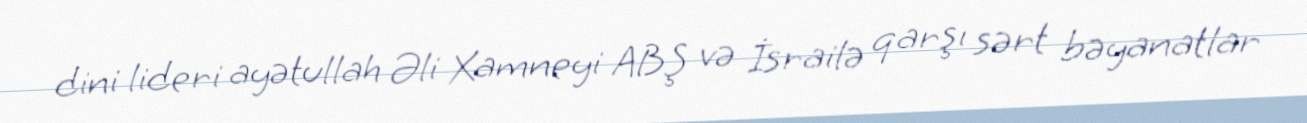
dini lideri ayətullah Əli Xamneyi ABŞ və İsrailə qarşı sərt bəyanatlar